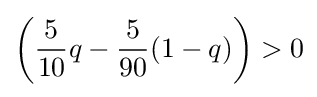
\left({\frac {5}{10}}q-{\frac {5}{90}}(1-q)\right)>0